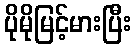
ပိုမိုမြင့်မားပြီး